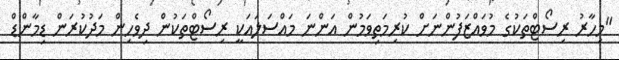
"މިހާރު ރިސޯޓްތަކުގެ މުވައްޒަފުންނަށް ކުރިމަތިވަމުން އަންނަ މައްސަލައަކީ ރިސޯޓްތަކުން ދިވެހިން މަދުކުރަން ޑިމާންޑް